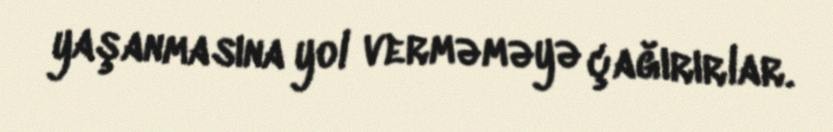
yaşanmasına yol verməməyə çağırırlar.